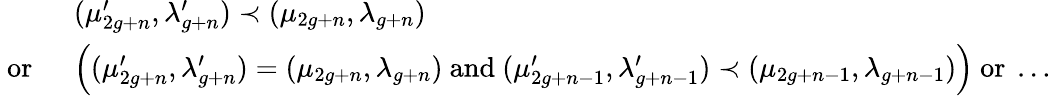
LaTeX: \begin{array}{rl}&{\: (\mu_{2g+n}^{\prime},\lambda_{g+n}^{\prime})\prec(\mu_{2g+n},\lambda_{g+n})}\\ {\mathrm{~or~}}&{\: \Big((\mu_{2g+n}^{\prime},\lambda_{g+n}^{\prime})=(\mu_{2g+n},\lambda_{g+n})\mathrm{~and~}(\mu_{2g+n-1}^{\prime},\lambda_{g+n-1}^{\prime})\prec(\mu_{2g+n-1},\lambda_{g+n-1})\Big)\mathrm{~or~}\ldots}\end{array}